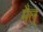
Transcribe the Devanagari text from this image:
मैल्